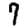
Digit: 7